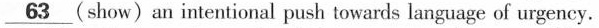
\underline{63}(show)an intentional push towards language of urgency.